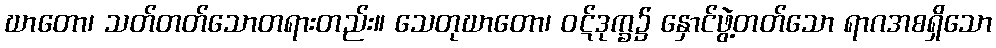
ဃာတော၊ သတ်တတ်သောတရားတည်း။ သေတုဃာတော၊ ဝဋ်ဒုက္ခ၌ နှောင်ဖွဲ့တတ်သော ရာဂအစရှိသော